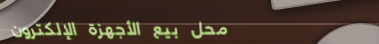
محل بيع الأجهزة الإلكترون